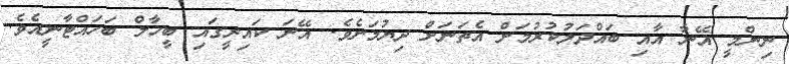
ނިންމީ އޭނާ އާއި ބައްދަލުކުރުމަށް އެތަނަށް ދިޔުމަށެވެ. އޭނަ ކައިރީގައި ބީހާލް ބަހައްޓާނީއެވެ.